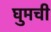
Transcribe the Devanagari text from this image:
घुमची